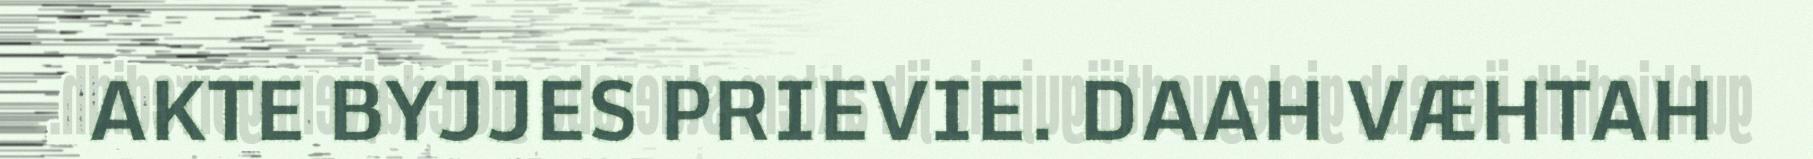
AKTE BYJJES PRIEVIE. DAAH VÆHTAH